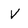
Character: V